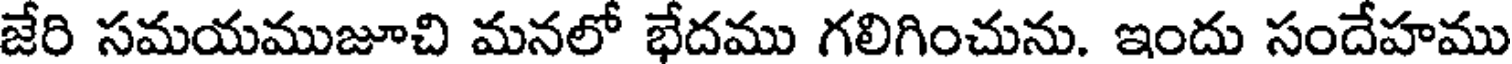
జేరి సమయముజూచి మనలో భేదము గలిగించును. ఇందు సందేహము